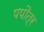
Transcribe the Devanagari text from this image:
पपौत्र